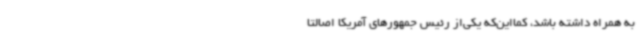
به همراه داشته باشد، کمااین‌که یکی‌از رئیس جمهورهای آمریکا اصالتا